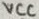
Text: VCC